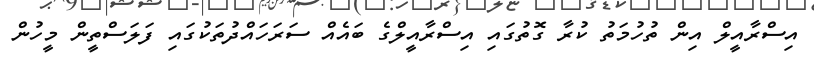
އިސްރާއީލް އިން ތުހުމަތު ކުރާ ގޮތުގައި އިސްރާއީލްގެ ބައެއް ސަރަހައްދުތަކުގައި ފަލަސްތީން މީހުން